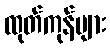
ထုတ်ကုန်များ